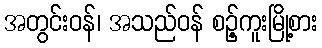
အတွင်းဝန်၊ အသည်ဝန် စဉ့်ကူးမြို့စား